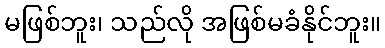
မဖြစ်ဘူး၊ သည်လို အဖြစ်မခံနိုင်ဘူး။